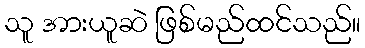
သူ အားယူဆဲ ဖြစ်မည်ထင်သည်။